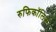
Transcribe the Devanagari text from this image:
रुफिकॉलिस